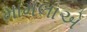
મામલાએ